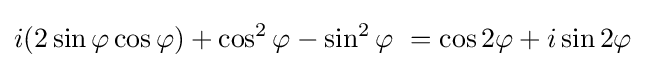
i(2\sin \varphi \cos \varphi )+\cos ^{2}\varphi -\sin ^{2}\varphi \ =\cos 2\varphi +i\sin 2\varphi